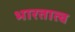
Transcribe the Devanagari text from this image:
भारतात्च